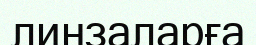
линзаларға